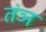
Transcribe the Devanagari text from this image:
तंञ